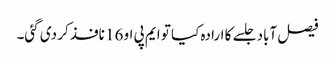
فیصل آباد جلسے کا ارادہ کیا تو ایم پی او 16 نافذ کر دی گئی۔